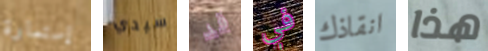
إستمارة سيدي قد في انقاذك هذا